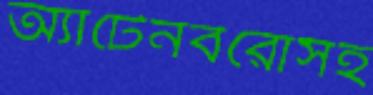
অ্যাটেনবরোসহ